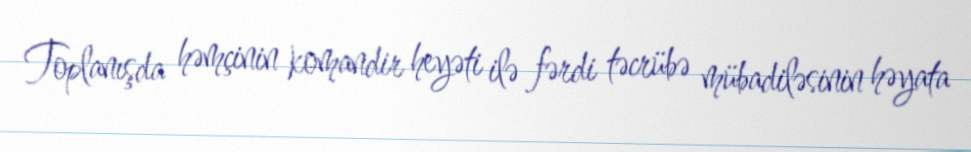
Toplanışda həmçinin komandir heyəti ilə fərdi təcrübə mübadiləsinin həyata